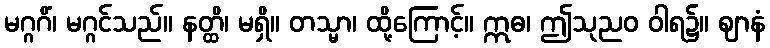
မဂ္ဂဂိံ၊ မဂ္ဂင်သည်။ နတ္ထိ၊ မရှိ။ တသ္မာ၊ ထို့ကြောင့်။ ဣဓ၊ ဤသုညဝ ဝါရ၌။ ဈာနံ